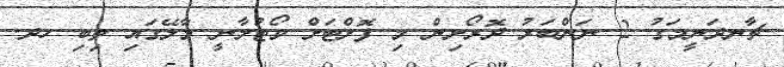
ޗާނދަނީމަގު 2 ނަންބަރު ދޮރޯށިން މި ފޮށްޓަށް ވޯޓުލާނީ މާލޭގައި ތިބި ހދ.